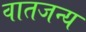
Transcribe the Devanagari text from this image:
वातजन्य